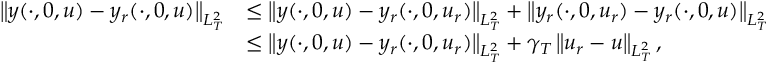
\begin{array} { r l } { \left\| y ( \cdot , 0 , u ) - y _ { r } ( \cdot , 0 , u ) \right\| _ { L _ { T } ^ { 2 } } } & { \leq \left\| y ( \cdot , 0 , u ) - y _ { r } ( \cdot , 0 , u _ { r } ) \right\| _ { L _ { T } ^ { 2 } } + \left\| y _ { r } ( \cdot , 0 , u _ { r } ) - y _ { r } ( \cdot , 0 , u ) \right\| _ { L _ { T } ^ { 2 } } } \\ & { \leq \left\| y ( \cdot , 0 , u ) - y _ { r } ( \cdot , 0 , u _ { r } ) \right\| _ { L _ { T } ^ { 2 } } + \gamma _ { T } \left\| u _ { r } - u \right\| _ { L _ { T } ^ { 2 } } , } \end{array}